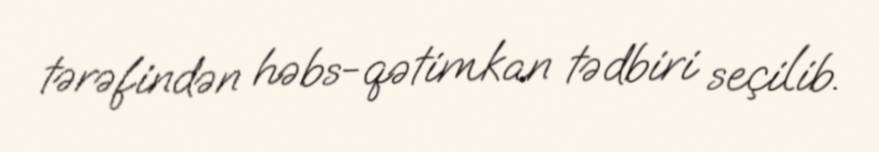
tərəfindən həbs-qətimkan tədbiri seçilib.